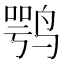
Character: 鹗